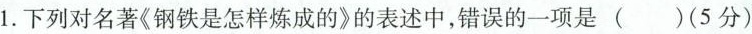
1.下列对名著《钢铁是怎样炼成的》的表述中，错误的一项是( )(5分)